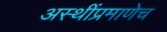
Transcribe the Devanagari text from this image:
अस्थींप्रमाणेच